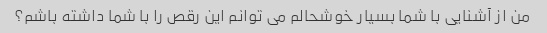
من از آشنایی با شما بسیار خوشحالم می توانم این رقص را با شما داشته باشم؟